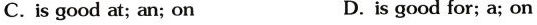
C.is good at; an; on D.is good for; a; on